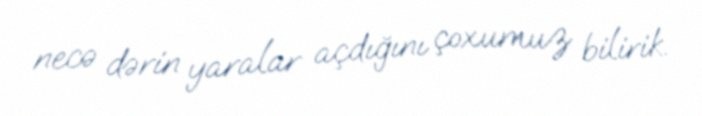
necə dərin yaralar açdığını çoxumuz bilirik.